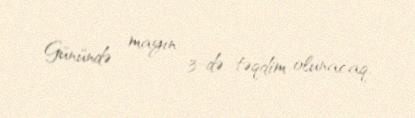
Günündə - mayın 3-də təqdim olunacaq.